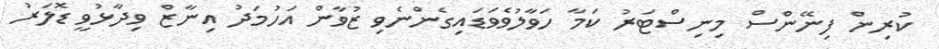
ކުރިން ފިނޭންސް މިނިސްޓަރު ކަމާ ހަވާލުވެވަޑައިގެންނެވި ޒުވާން އަހުމަދު އިނާޒް ވިދާޅުވީ ޑޮލަރު